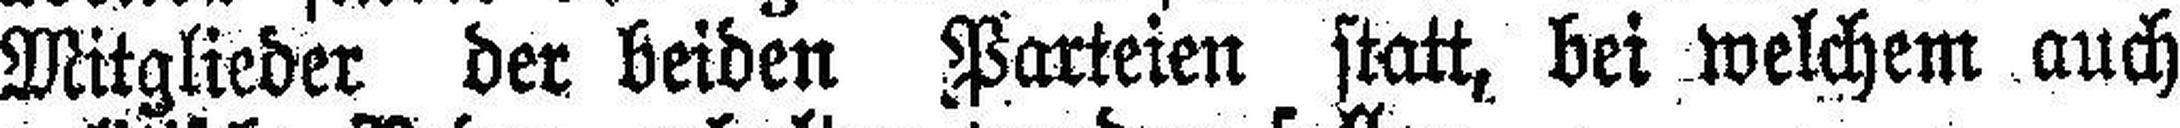
Mitglieder der beiden Parteien statt, bei welchem auch